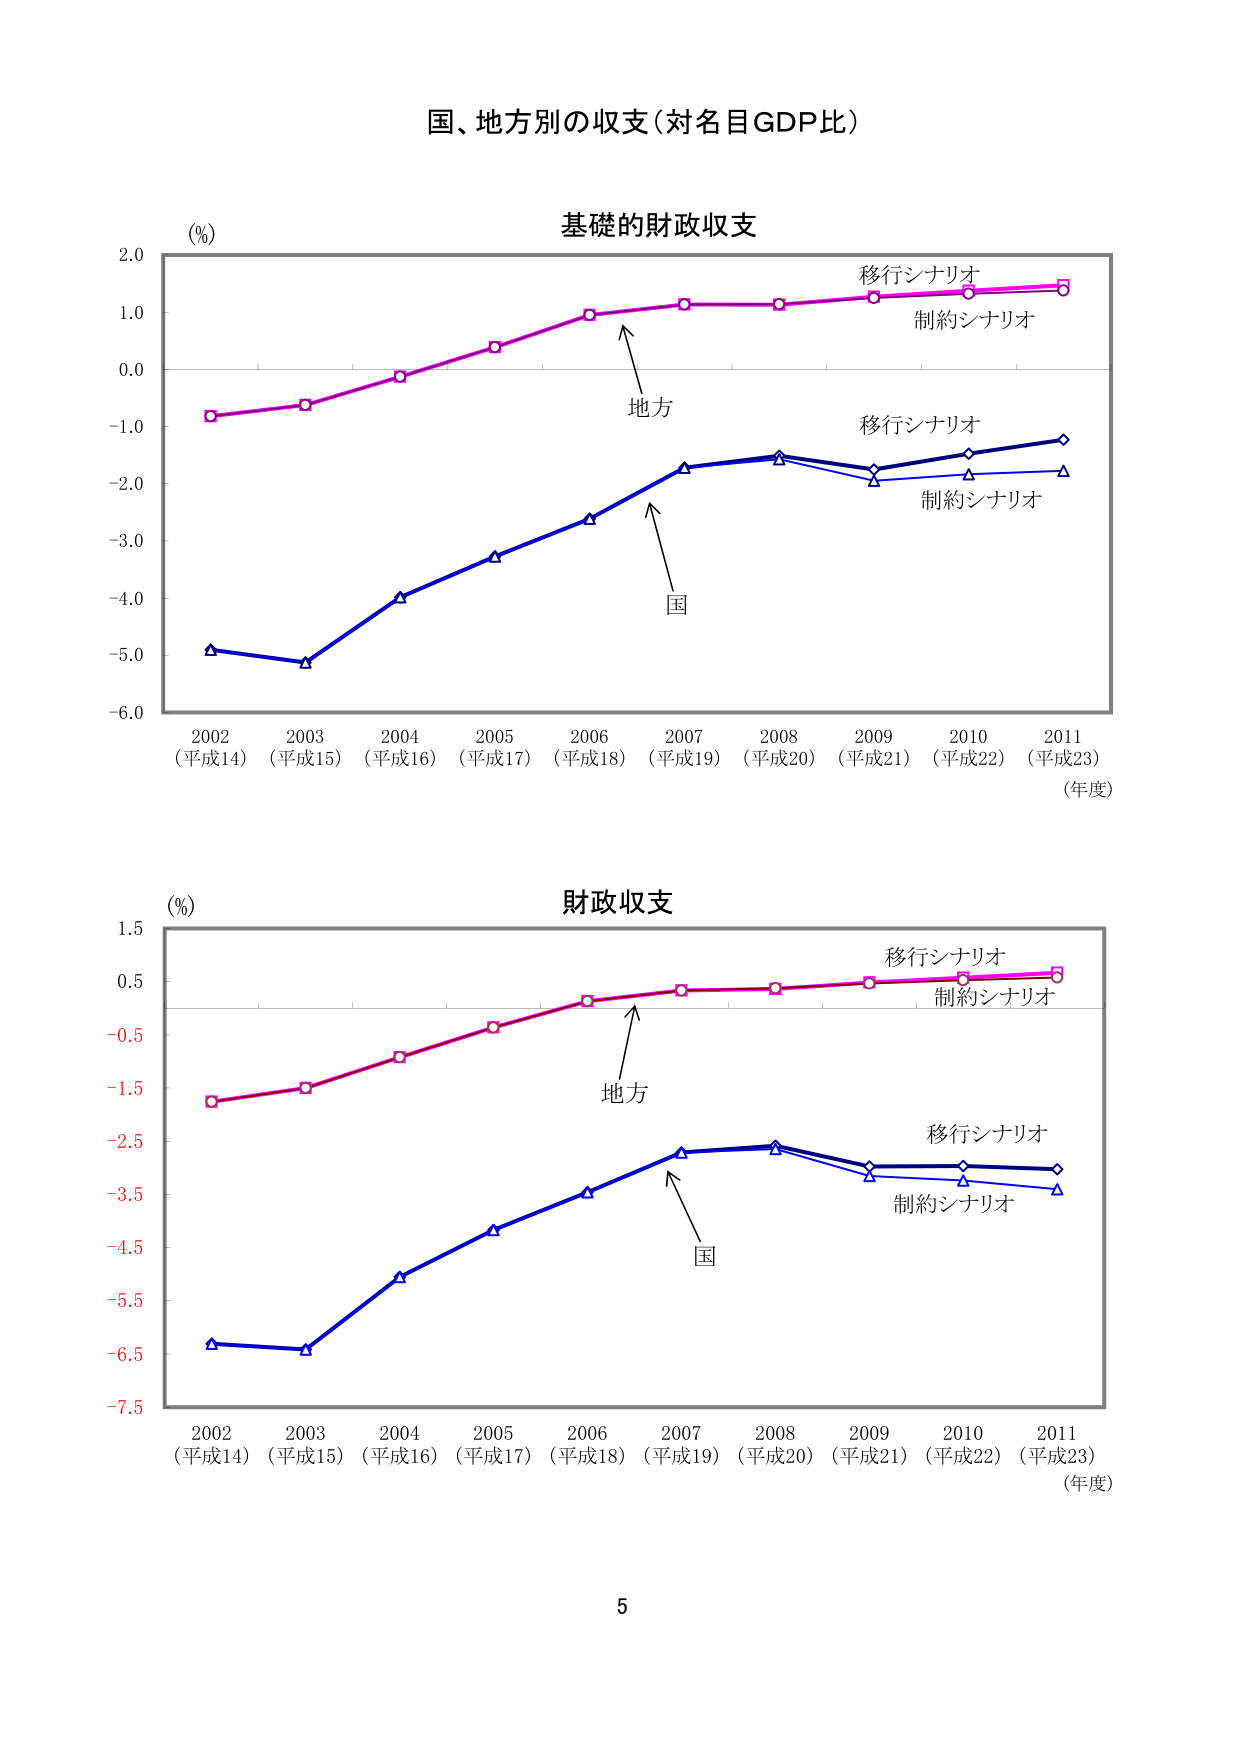
国、地方別の収支（対名目GDP比）

基礎的財政収支

(%)
2.0
1.0
0.0
-1.0
-2.0
-3.0
-4.0
-5.0
-6.0

2002
（平成14）
2003
（平成15）
2004
（平成16）
2005
（平成17）
2006
（平成18）
2007
（平成19）
2008
（平成20）
2009
（平成21）
2010
（平成22）
2011
（平成23）
（年度）

移行シナリオ
制約シナリオ
地方
国
移行シナリオ
制約シナリオ

財政収支

(%)
1.5
0.5
-0.5
-1.5
-2.5
-3.5
-4.5
-5.5
-6.5
-7.5

2002
（平成14）
2003
（平成15）
2004
（平成16）
2005
（平成17）
2006
（平成18）
2007
（平成19）
2008
（平成20）
2009
（平成21）
2010
（平成22）
2011
（平成23）
（年度）

移行シナリオ
制約シナリオ
地方
国
移行シナリオ
制約シナリオ

5